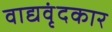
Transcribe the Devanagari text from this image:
वाद्यवृंदकार